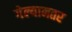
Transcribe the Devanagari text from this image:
गेल्यानतर